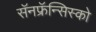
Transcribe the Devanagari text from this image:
सॅनफ्रॅन्सिस्को